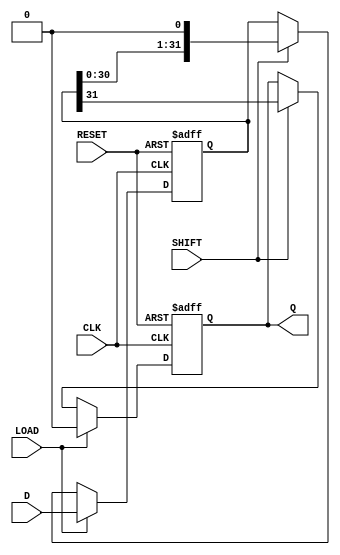
module piso_register (
    input wire [31:0] D,      // 32-bit Parallel Data Input
    input wire LOAD,          // Load control signal
    input wire SHIFT,         // Shift control signal
    input wire CLK,           // Clock signal
    input wire RESET,         // Asynchronous reset signal
    output reg Q              // Serial Output
);
    reg [31:0] shift_reg;     // 32-bit Shift Register

    always @(posedge CLK or posedge RESET) begin
        if (RESET) begin
            // Asynchronous reset
            shift_reg <= 32'b0; // Clear all bits
            Q <= 1'b0;          // Clear serial output
        end else if (LOAD) begin
            // Load data into shift register
            shift_reg <= D;      // Load the parallel data
            Q <= 1'b0;           // Ensure output is low during load
        end else if (SHIFT) begin
            // Shift data out serially
            Q <= shift_reg[31];  // Output the MSB
            shift_reg <= {shift_reg[30:0], 1'b0}; // Shift right
        end
    end

endmodule